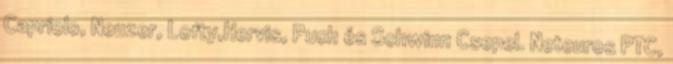
Capriolo, Neuzer, Lofty,Hervis, Puch és Schwinn Csepel. Neteuros PTC,